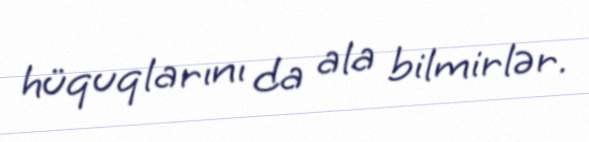
hüquqlarını da ala bilmirlər.